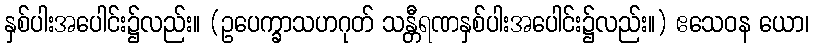
နှစ်ပါးအပေါင်း၌လည်း။ (ဥပေက္ခာသဟဂုတ် သန္တီရဏနှစ်ပါးအပေါင်း၌လည်း။) ဧသေဝန ယော၊